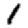
Digit: 1